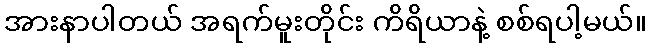
အားနာပါတယ် အရက်မူးတိုင်း ကိရိယာနဲ့ စစ်ရပါ့မယ်။